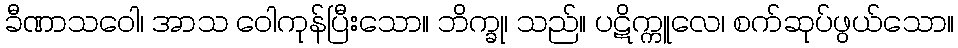
ခီဏာသဝေါ၊ အာသ ဝေါကုန်ပြီးသော။ ဘိက္ခု၊ သည်။ ပဋိက္ကူလေ၊ စက်ဆုပ်ဖွယ်သော။